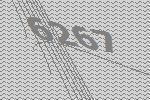
6267